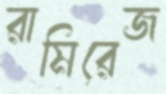
রামিরেজ